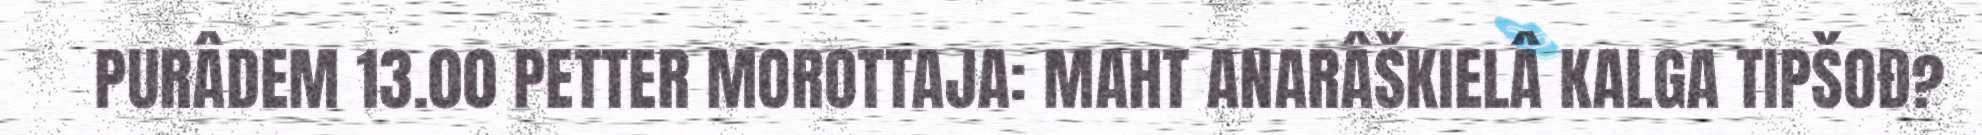
PURÂDEM 13.00 PETTER MOROTTAJA: MAHT ANARÂŠKIELÂ KALGA TIPŠOĐ?